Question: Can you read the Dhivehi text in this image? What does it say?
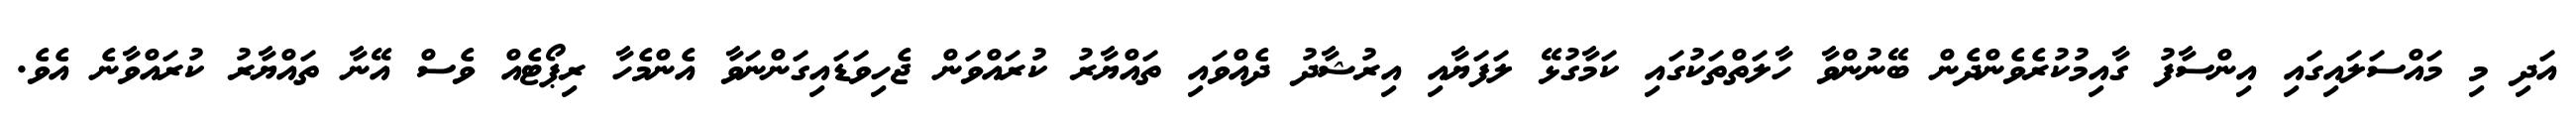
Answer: އަދި މި މައްސަލައިގައި އިންސާފު ގާއިމުކުރެވެންދެން ބޭނުންވާ ހާލަތްތަކުގައި ކަމާގުޅޭ ލަފަޔާއި އިރުޝާދު ދެއްވައި ތައްޔާރު ކުރައްވަން ޖެހިވަޑައިގަންނަވާ އެންމެހާ ރިޕޯޓެއް ވެސް އޭނާ ތައްޔާރު ކުރައްވާނެ އެވެ.